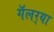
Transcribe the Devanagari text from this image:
गॅलर्‍या